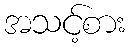
အသင့်စား